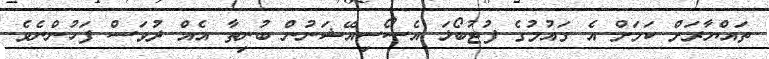
ތައްޔާރަށް ކަމަށް އެ ގައުމުގެ ފުޓުބޯޅަ އެސޯސިއޭޝަނުން ބުނިތާ އެއް ދުވަސް ފަހުންނެވެ.